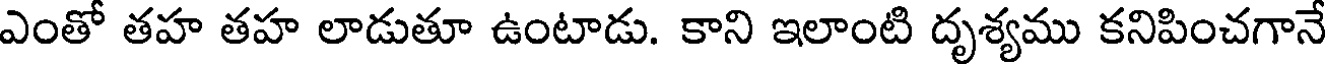
ఎంతో తహ తహ లాడుతూ ఉంటాడు. కాని ఇలాంటి దృశ్యము కనిపించగానే